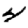
Digit: 4